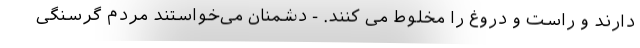
دارند و راست و دروغ را مخلوط می کنند. - دشمنان می‌خواستند مردم گرسنگی